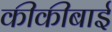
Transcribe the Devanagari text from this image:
कीकीबाई